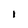
Character: l